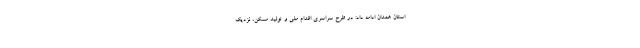
استان همدان ادامه داد: در طرح سراسری اقدام ملی و تولید مسکن، نزدیک